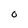
Character: O